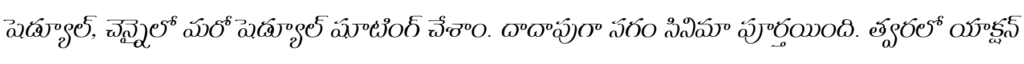
షెడ్యూల్, చెన్నైలో మరో షెడ్యూల్ షూటింగ్ చేశాం. దాదాపుగా సగం సినిమా పూర్తయింది. త్వరలో యాక్షన్